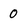
Character: 0